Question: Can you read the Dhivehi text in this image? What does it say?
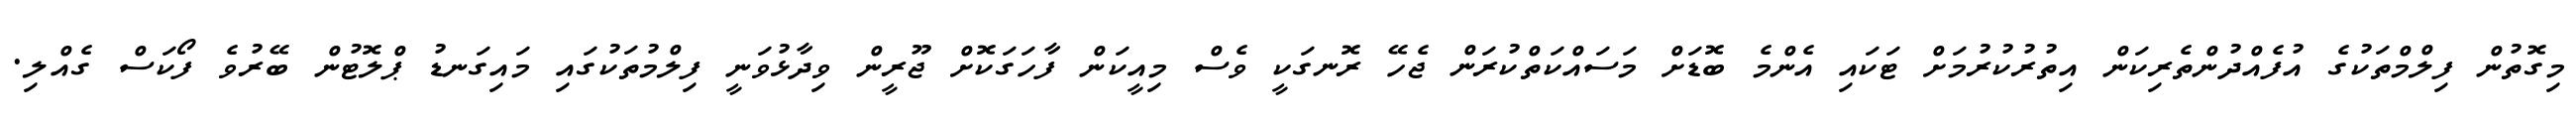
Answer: މިގޮތުން ފިލްމްތަކުގެ އުފެއްދުންތެރިކަން އިތުރުކުރުމަށް ޓަކައި އެންމެ ބޮޑަށް މަސައްކަތްކުރަން ޖެހޭ ރޮނގަކީ ވެސް މިއީކަން ފާހަގަކޮށް ޖޫރީން ވިދާޅުވަނީ ފިލްމުތަކުގައި މައިގަނޑު ޕްލޮޓުން ބޭރުވެ ފޯކަސް ގެއްލި.